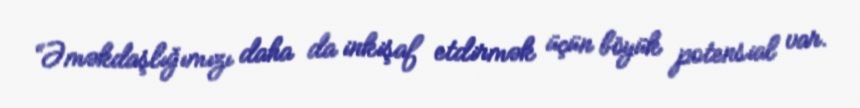
“Əməkdaşlığımızı daha da inkişaf etdirmək üçün böyük potensial var.